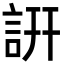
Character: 詽